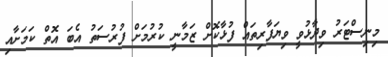
މިނިސްޓަރު ވިދާޅުވީ ވިޔަފާރިތައް ފުޅާކޮށް ޒަމާނީ ކުރުމަށް ފުރުސަތު އެބަ އޮތް ކަމަށާއި